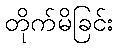
တိုက်မိခြင်း